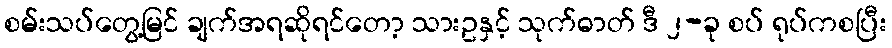
စမ်းသပ်တွေ့မြင် ချက်အရဆိုရင်တော့ သားဥနှင့် သုက်ဓာတ် ဒီ ၂-ခု စပ် ရုပ်ကစပြီး